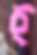
চ্